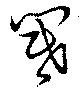
閽